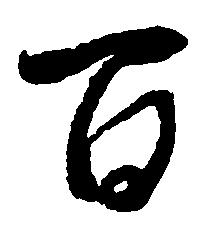
百